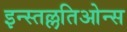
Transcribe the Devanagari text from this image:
इन्स्तल्लतिओन्स